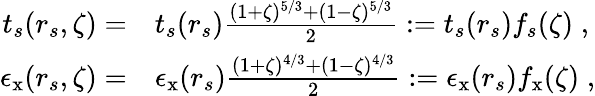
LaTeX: \begin{array}{rl}{t_{s}(r_{s},\zeta)=}&{t_{s}(r_{s})\frac{(1+\zeta)^{5/3}+(1-\zeta)^{5/3}}{2}:=t_{s}(r_{s})f_{s}(\zeta)\; ,}\\ {\epsilon_{\mathrm{x}}(r_{s},\zeta)=}&{\epsilon_{\mathrm{x}}(r_{s})\frac{(1+\zeta)^{4/3}+(1-\zeta)^{4/3}}{2}:=\epsilon_{\mathrm{x}}(r_{s})f_{\mathrm{x}}(\zeta)\; ,}\end{array}